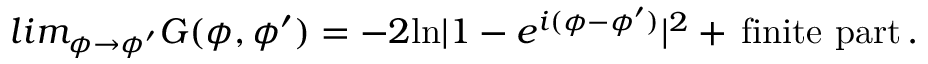
l i m _ { \phi \to \phi ^ { \prime } } G ( \phi , \phi ^ { \prime } ) = - 2 \mathrm { l n } | 1 - e ^ { i ( \phi - \phi ^ { \prime } ) } | ^ { 2 } + \, \mathrm { f i n i t e ~ p a r t } \, .